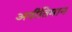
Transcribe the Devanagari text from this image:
अनीतिमान